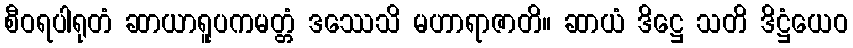
စီဝရပါရုတံ ဆာယာရူပကမတ္တံ ဒဿေသိ မဟာရာဇာတိ။ ဆာယံ ဒိဋ္ဌေ သတိ ဒိဋ္ဌံယေဝ